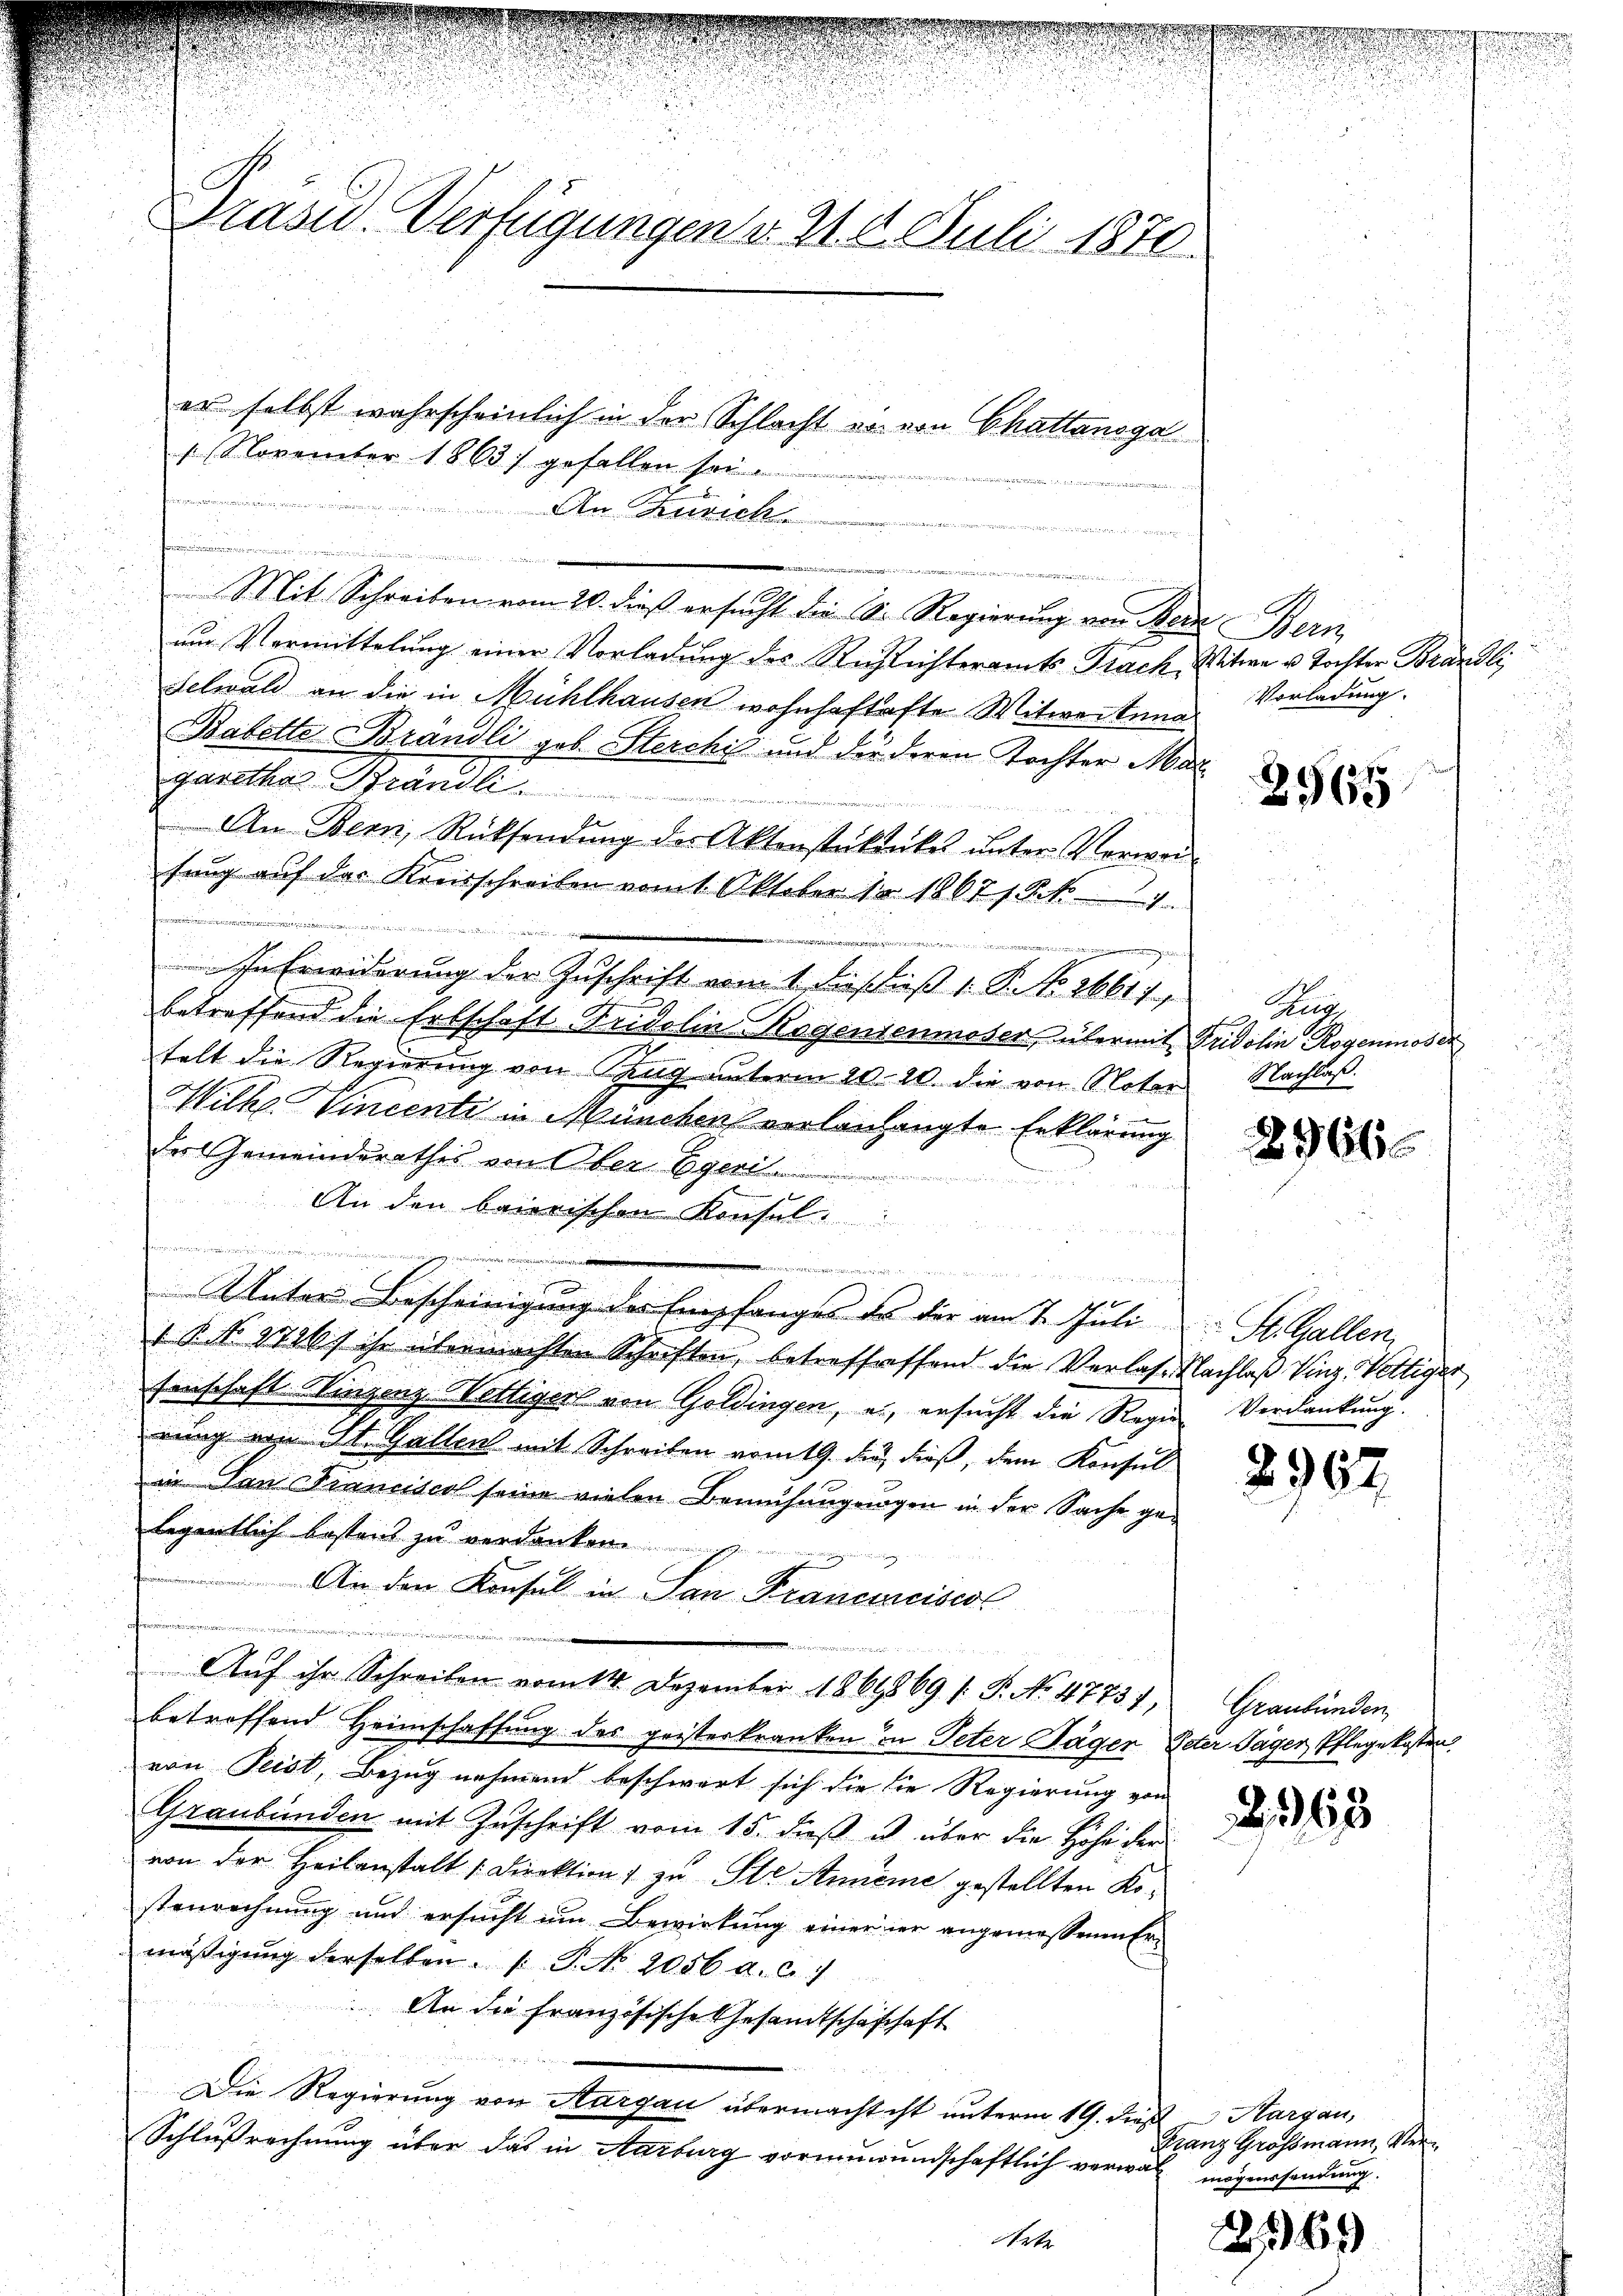
Präsid. Verfügungen v. 2. 4. Juli 1870

1 November 1863) gefallen sei.

er selbst wahrscheinlich in der Schlacht er von Chattanoga
e
An Kurich
.
d
an und
Mit Schreiben vom 20. dieß ersucht die 10. Regierung von Ber
nur Vermittelung einer Vorladung des Richtichteramts Prach¬
Selwald an die in Mühlhausen wohnhaftafte Witwertung. Vorladung.
Babetter Brandli geb. Sterchis und die deren Tochter Ma
garetha Brandl
An Bern, Rücksendŭng der Aktenstüktnkes ŭnter Verwei
fung auf der Kreisschreiben vom 1. Oktober 18 186718. No 1
e
 und ein und die in der gegen einen die
In Erwiderung der Zuschrift vom 1. Fußieß 1. P. No. 2661),
betreffend die Erbschaft Fridolin-Rogentenmoser über mit Fridolin Rogenmoser
telt die Regierung von Zug unterm 20. 20. die von Noter
Wilke Vincente in München verlangengte Erklärung
des Gemeinderathes von Ober Egeri
An den baierischen Konsel
e
t
g
           gerung der den
x
Unter Bescheinigung der Empfanges es der am 7. Juli St. Gallen,
 N. N. 2700f ist übermachten Schriften, betreffreffend die Verlas. Nachlaß Vinz-Vettiger
senschaft Winzenz Wettiger von Goldingen, es, ersucht die Regie Verdankung.
rung von St. Gallen mit Schreiben vom 19. di dieß, dem Konsul
in Pan Franciscol seine vielen Bemühungungen in der Sache gelegentliche bestens zu verdanken.
An den Konsul in San Francoreises
i
Aŭf ihr Schreiben vom 14. Dezember 1869869 /: P. No. 47737,
betreffend Heimschaffung des geisterkranken in Peter Jäger Oder Tagen, Pflegekosten
von Peist, Bezug nehmend beschwart sich die die Regierung von
Graubünden mit Zuschrift vom 15. dieß ist über die Höhe der
von der Heilanstalt [Direktion zu Ste Anneme gestellten Kostenrechnung und ersucht um Bewirkung einerier angemessenen Ermäßigung derselben. ( P. No 2056. d. 6./
An die Französische Gesandtschafhaft
Die Regierung von Aargau übermacht ist unterm 19. dieß Sargau,
Schlußrechnung über das in Aarburg vormundschaftlich verwal mögensendung.
ete

Ahn
Witwe u Tochter Brändli

12

u

2565

Hug
Nachlaß.

2966

2967.

Graubünden,

2363

Franz Grossmann, Ver¬

2269